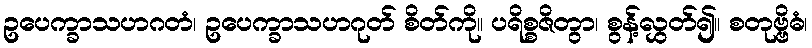
ဥပေက္ခာသဟဂတံ၊ ဥပေက္ခာသဟဂုတ် စိတ်ကို။ ပရိစ္စဇိတွာ၊ စွန့်လွှတ်၍။ စတုဗ္ဗိဓံ၊